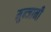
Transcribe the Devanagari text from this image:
मुन्जानी